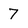
Character: 7